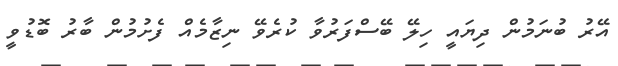
އޭރު ބުނަމުން ދިޔައީ ހިލޭ ބޭސްފަރުވާ ކުރެވޭ ނިޒާމެއް ފެށުމުން ބާރު ބޮޑުވީ